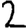
Digit: 2